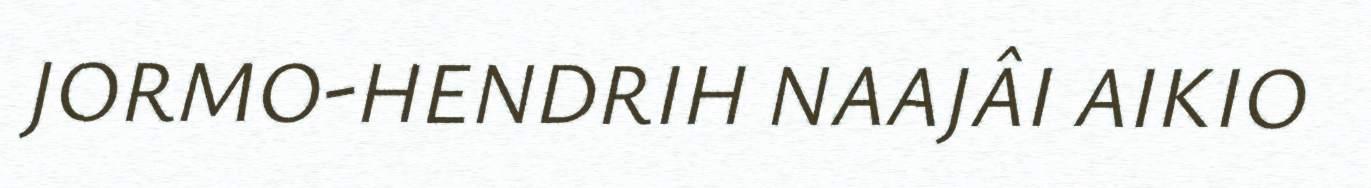
JORMO-HENDRIH NAAJÂI AIKIO